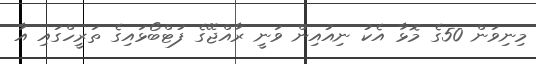
މިނިވަން 50ގެ މޮޅާ އެކު ނިއުއިން ވަނީ ރާއްޖޭގެ ފުޓްބޯޅައިގެ ތަރީހްގައި އާ